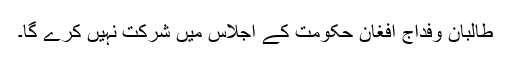
طالبان وفدآج افغان حکومت کے اجلاس میں شرکت نہیں کرے گا۔